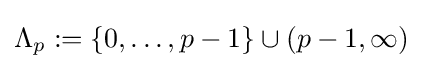
\Lambda _{p}:=\{0,\ldots ,p-1\}\cup \left(p-1,\infty \right)